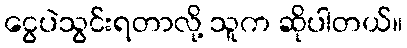
ငွေပဲသွင်းရတာလို့ သူက ဆိုပါတယ်။